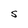
Character: S